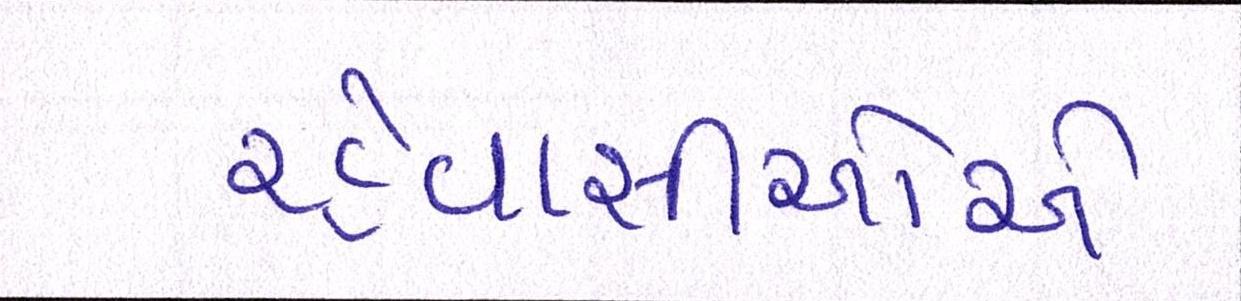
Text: રહેવાસીઓએ